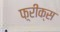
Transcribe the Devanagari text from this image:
फ़्रीक्स